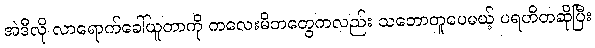
အဲဒီလို လာရောက်ခေါ်ယူတာကို ကလေးမိဘတွေကလည်း သဘောတူပေမယ့် ပရဟိတဆိုပြီး